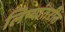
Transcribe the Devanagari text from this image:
लिप्यांतरीत